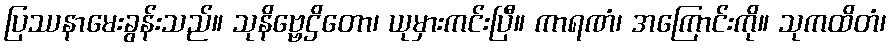
ပြဿနာမေးခွန်းသည်။ သုနိဗ္ဗေဌိတော၊ ယုမှားကင်းပြီ။ ကာရဏံ၊ အကြောင်းကို။ သုကထိတံ၊